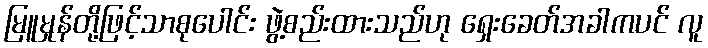
မြူမှုန်တို့ဖြင့်သာစုပေါင်း ဖွဲ့စည်းထားသည်ဟု ရှေးခေတ်အခါကပင် လူ